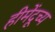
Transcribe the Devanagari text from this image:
हीमेंदूच्य